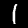
Label: 1